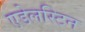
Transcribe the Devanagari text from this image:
एडेलस्टिन